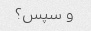
و سپس؟